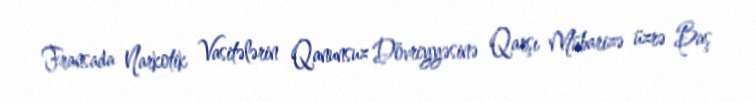
Fransada Narkotik Vasitələrin Qanunsuz Dövriyyəsinə Qarşı Mübarizə üzrə Baş